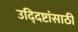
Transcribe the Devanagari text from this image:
उद्‍दिष्टांसाठी